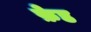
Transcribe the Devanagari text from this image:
फ़ेड